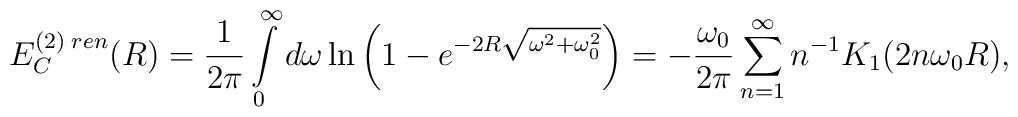
E_C^{(2)\;ren}(R)=\frac{1}{2\pi}\int\limits_{0}^{\infty}d\omega\ln\left(1-e^{-2R\sqrt{\omega^2+\omega_0^2}}\right)=-\frac{\omega_0}{2\pi}\sum\limits_{n=1}^{\infty}n^{-1}K_1(2n\omega_0 R),